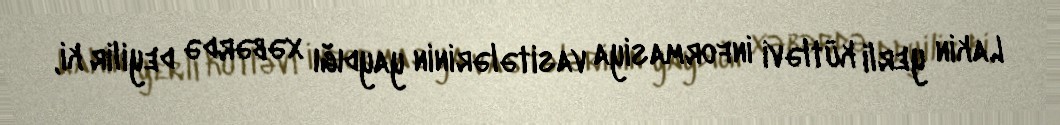
Lakin yerli kütləvi informasiya vasitələrinin yaydığı xəbərdə deyilir ki,